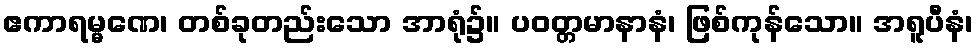
ဧကာရမ္မဏေ၊ တစ်ခုတည်းသော အာရုံ၌။ ပဝတ္တမာနာနံ၊ ဖြစ်ကုန်သော။ အရူပီနံ၊